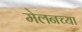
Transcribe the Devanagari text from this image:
मेलनच्या